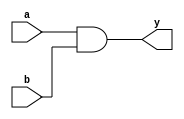
module v_and2 (input a, b,
             output y);

    buf (al, a);
    buf (bl, b);
    and (yl, al, bl);
    buf (y, yl);

    specify
        specparam t_rise = 1:1:1, t_fall = 1:1:1;
        (a => y) = (t_rise, t_fall);
        (b => y) = (t_rise, t_fall);
    endspecify

endmodule